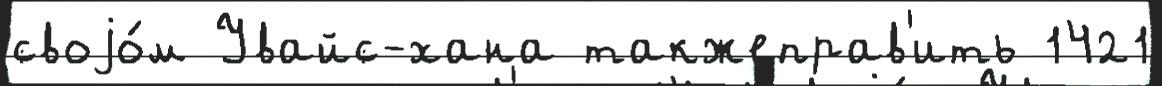
своjо́м Увайс-хана такжеправ'ить 1421